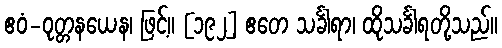
ဧဝံ-ဝုတ္တနယေန၊ ဖြင့်။ [၁၉၂] ဧတေ သင်္ခါရာ၊ ထိုသင်္ခါရတို့သည်။